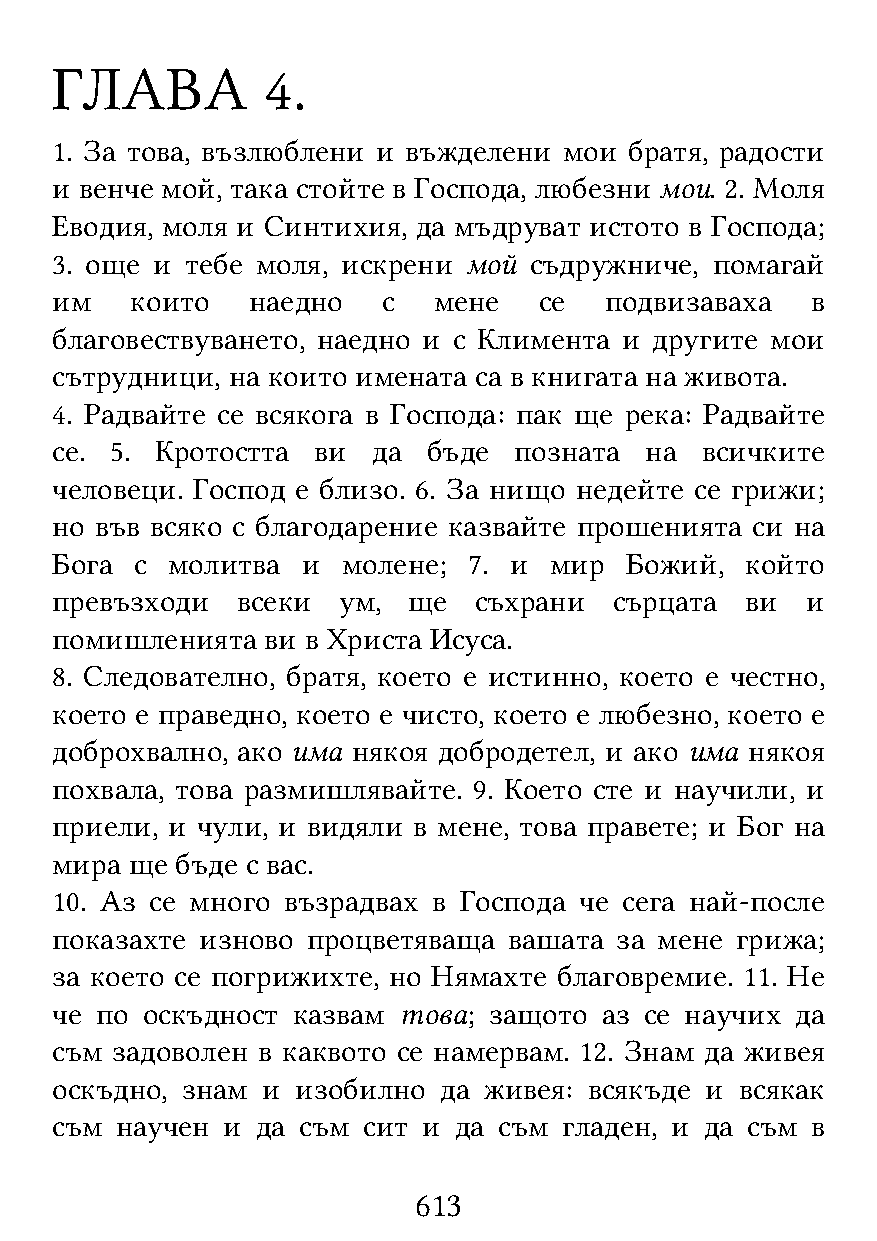
ГЛАВА          4.
 1. За това, възлюблени и въжделени мои братя, радости
 и венче мой, така стойте в Господа, любезни мои. 2. Моля
 Еводия, моля и Синтихия, да мъдруват истото в Господа;
 3. още и тебе моля, искрени мой съдружниче, помагай
 им    които   наедно  с   мене   се  подвизаваха   в
 благовествуването, наедно и с Климента и другите мои
 сътрудници, на които имената са в книгата на живота.
 4. Радвайте се всякога в Господа: пак ще река: Радвайте
 се. 5. Кротостта  ви  да бъде  позната  на всичките
 человеци. Господ е близо. 6. За нищо недейте се грижи;
 но във всяко с благодарение казвайте прошенията си на
 Бога  с молитва  и  молене; 7. и мир  Божий,  който
 превъзходи   всеки ум,  ще  съхрани   сърцата ви  и
 помишленията   ви в Христа Исуса.
 8. Следователно, братя, което е истинно, което е честно,
 което е праведно, което е чисто, което е любезно, което е
 доброхвално, ако има някоя добродетел, и ако има някоя
 похвала, това размишлявайте. 9. Което сте и научили, и
 приели, и чули, и видяли в мене, това правете; и Бог на
 мира  ще бъде с вас.
 10. Аз се много възрадвах в Господа че сега най-после
 показахте изново процветяваща  вашата за мене грижа;
 за което се погрижихте, но Нямахте благовремие. 11. Не
 че по оскъдност казвам това; защото  аз се научих да
 съм задоволен в каквото се намервам. 12. Знам да живея
 оскъдно, знам и  изобилно да живея: всякъде и всякак
 съм  научен и да съм сит и да съм гладен, и да съм в
 613